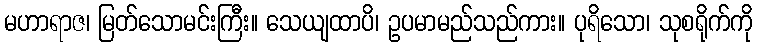
မဟာရာဇ၊ မြတ်သောမင်းကြီး။ သေယျထာပိ၊ ဥပမာမည်သည်ကား။ ပုရိသော၊ သုစရိုက်ကို